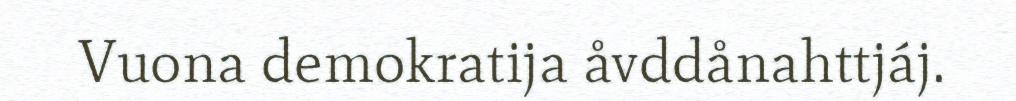
Vuona demokratija åvddånahttjáj.